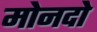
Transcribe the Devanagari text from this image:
मोनदो